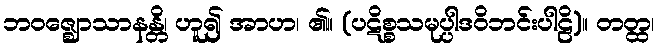
ဘဝဇ္ဈောသာနန္တိ၊ ဟူ၍ အာဟ၊ ၏။ (ပဋိစ္စသမုပ္ပါဒဝိဘင်းပါဠိ)။ တတ္ထ၊